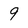
Character: 9